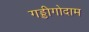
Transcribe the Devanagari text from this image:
गड्डीगोदाम